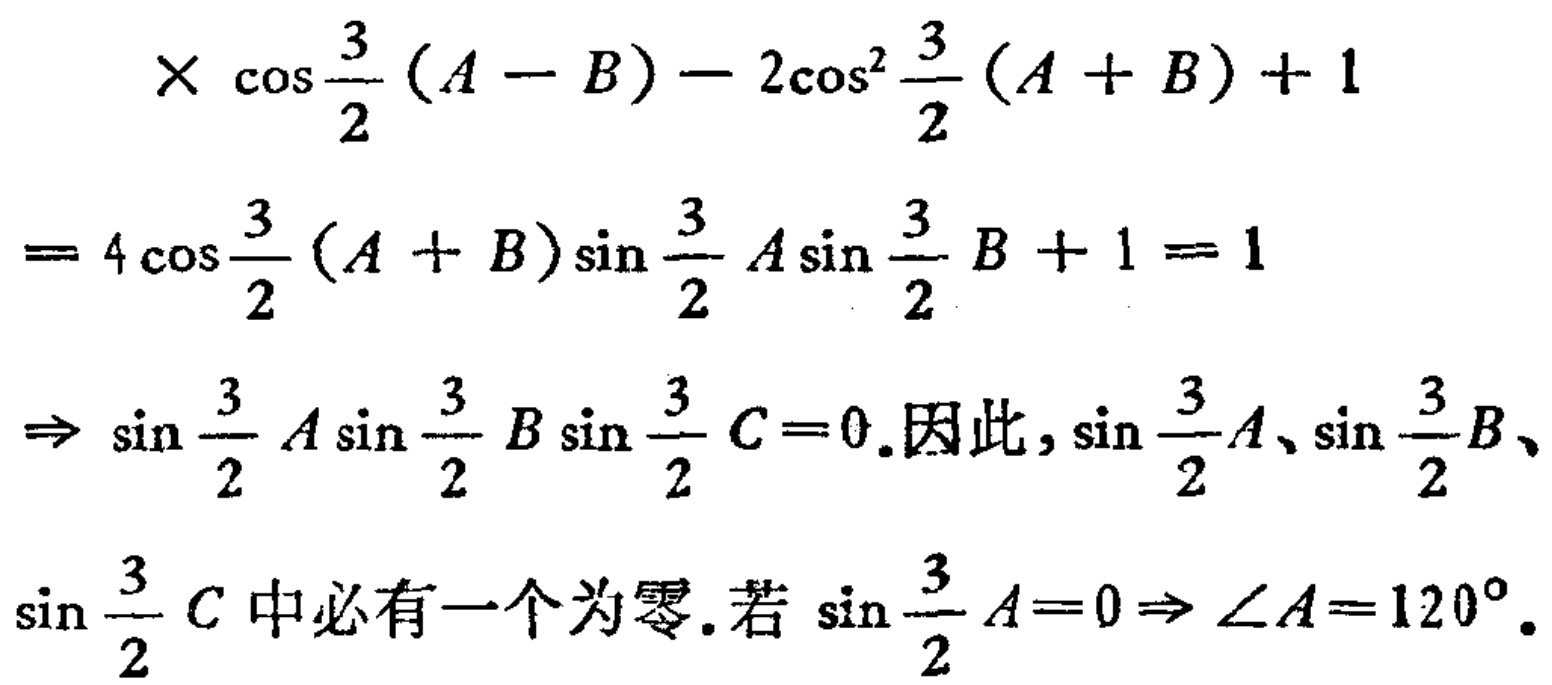
\[

\begin{align*}

&\times\cos\frac{3}{2}(A - B)-2\cos^{2}\frac{3}{2}(A + B)+1\\

=&4\cos\frac{3}{2}(A + B)\sin\frac{3}{2}A\sin\frac{3}{2}B + 1=1\\

\Rightarrow&\sin\frac{3}{2}A\sin\frac{3}{2}B\sin\frac{3}{2}C = 0.因此,\sin\frac{3}{2}A、\sin\frac{3}{2}B、\\

&\sin\frac{3}{2}C中必有一个为零.若\sin\frac{3}{2}A = 0\Rightarrow\angle A=120^{\circ}.

\end{align*}

\]